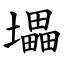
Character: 㙼